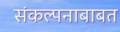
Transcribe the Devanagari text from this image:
संकल्पनाबाबत